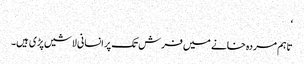
‘
تاہم مردہ خانے میں فرش تک پر انسانی لاشیں پڑی ہیں۔